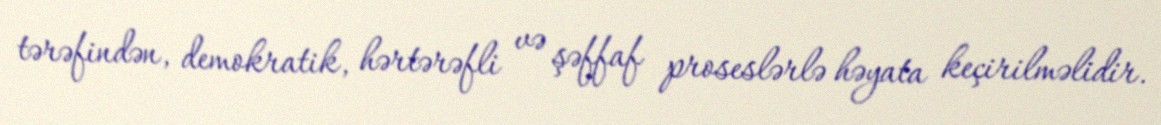
tərəfindən, demokratik, hərtərəfli və şəffaf proseslərlə həyata keçirilməlidir.